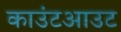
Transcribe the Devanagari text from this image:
काउंटआउट